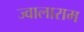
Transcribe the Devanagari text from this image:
ज्वालाराम